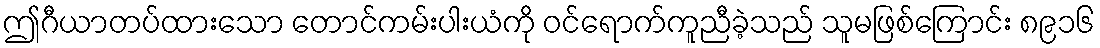
ဤဂီယာတပ်ထားသော တောင်ကမ်းပါးယံကို ဝင်ရောက်ကူညီခဲ့သည် သူမဖြစ်ကြောင်း ၈၉၁၆